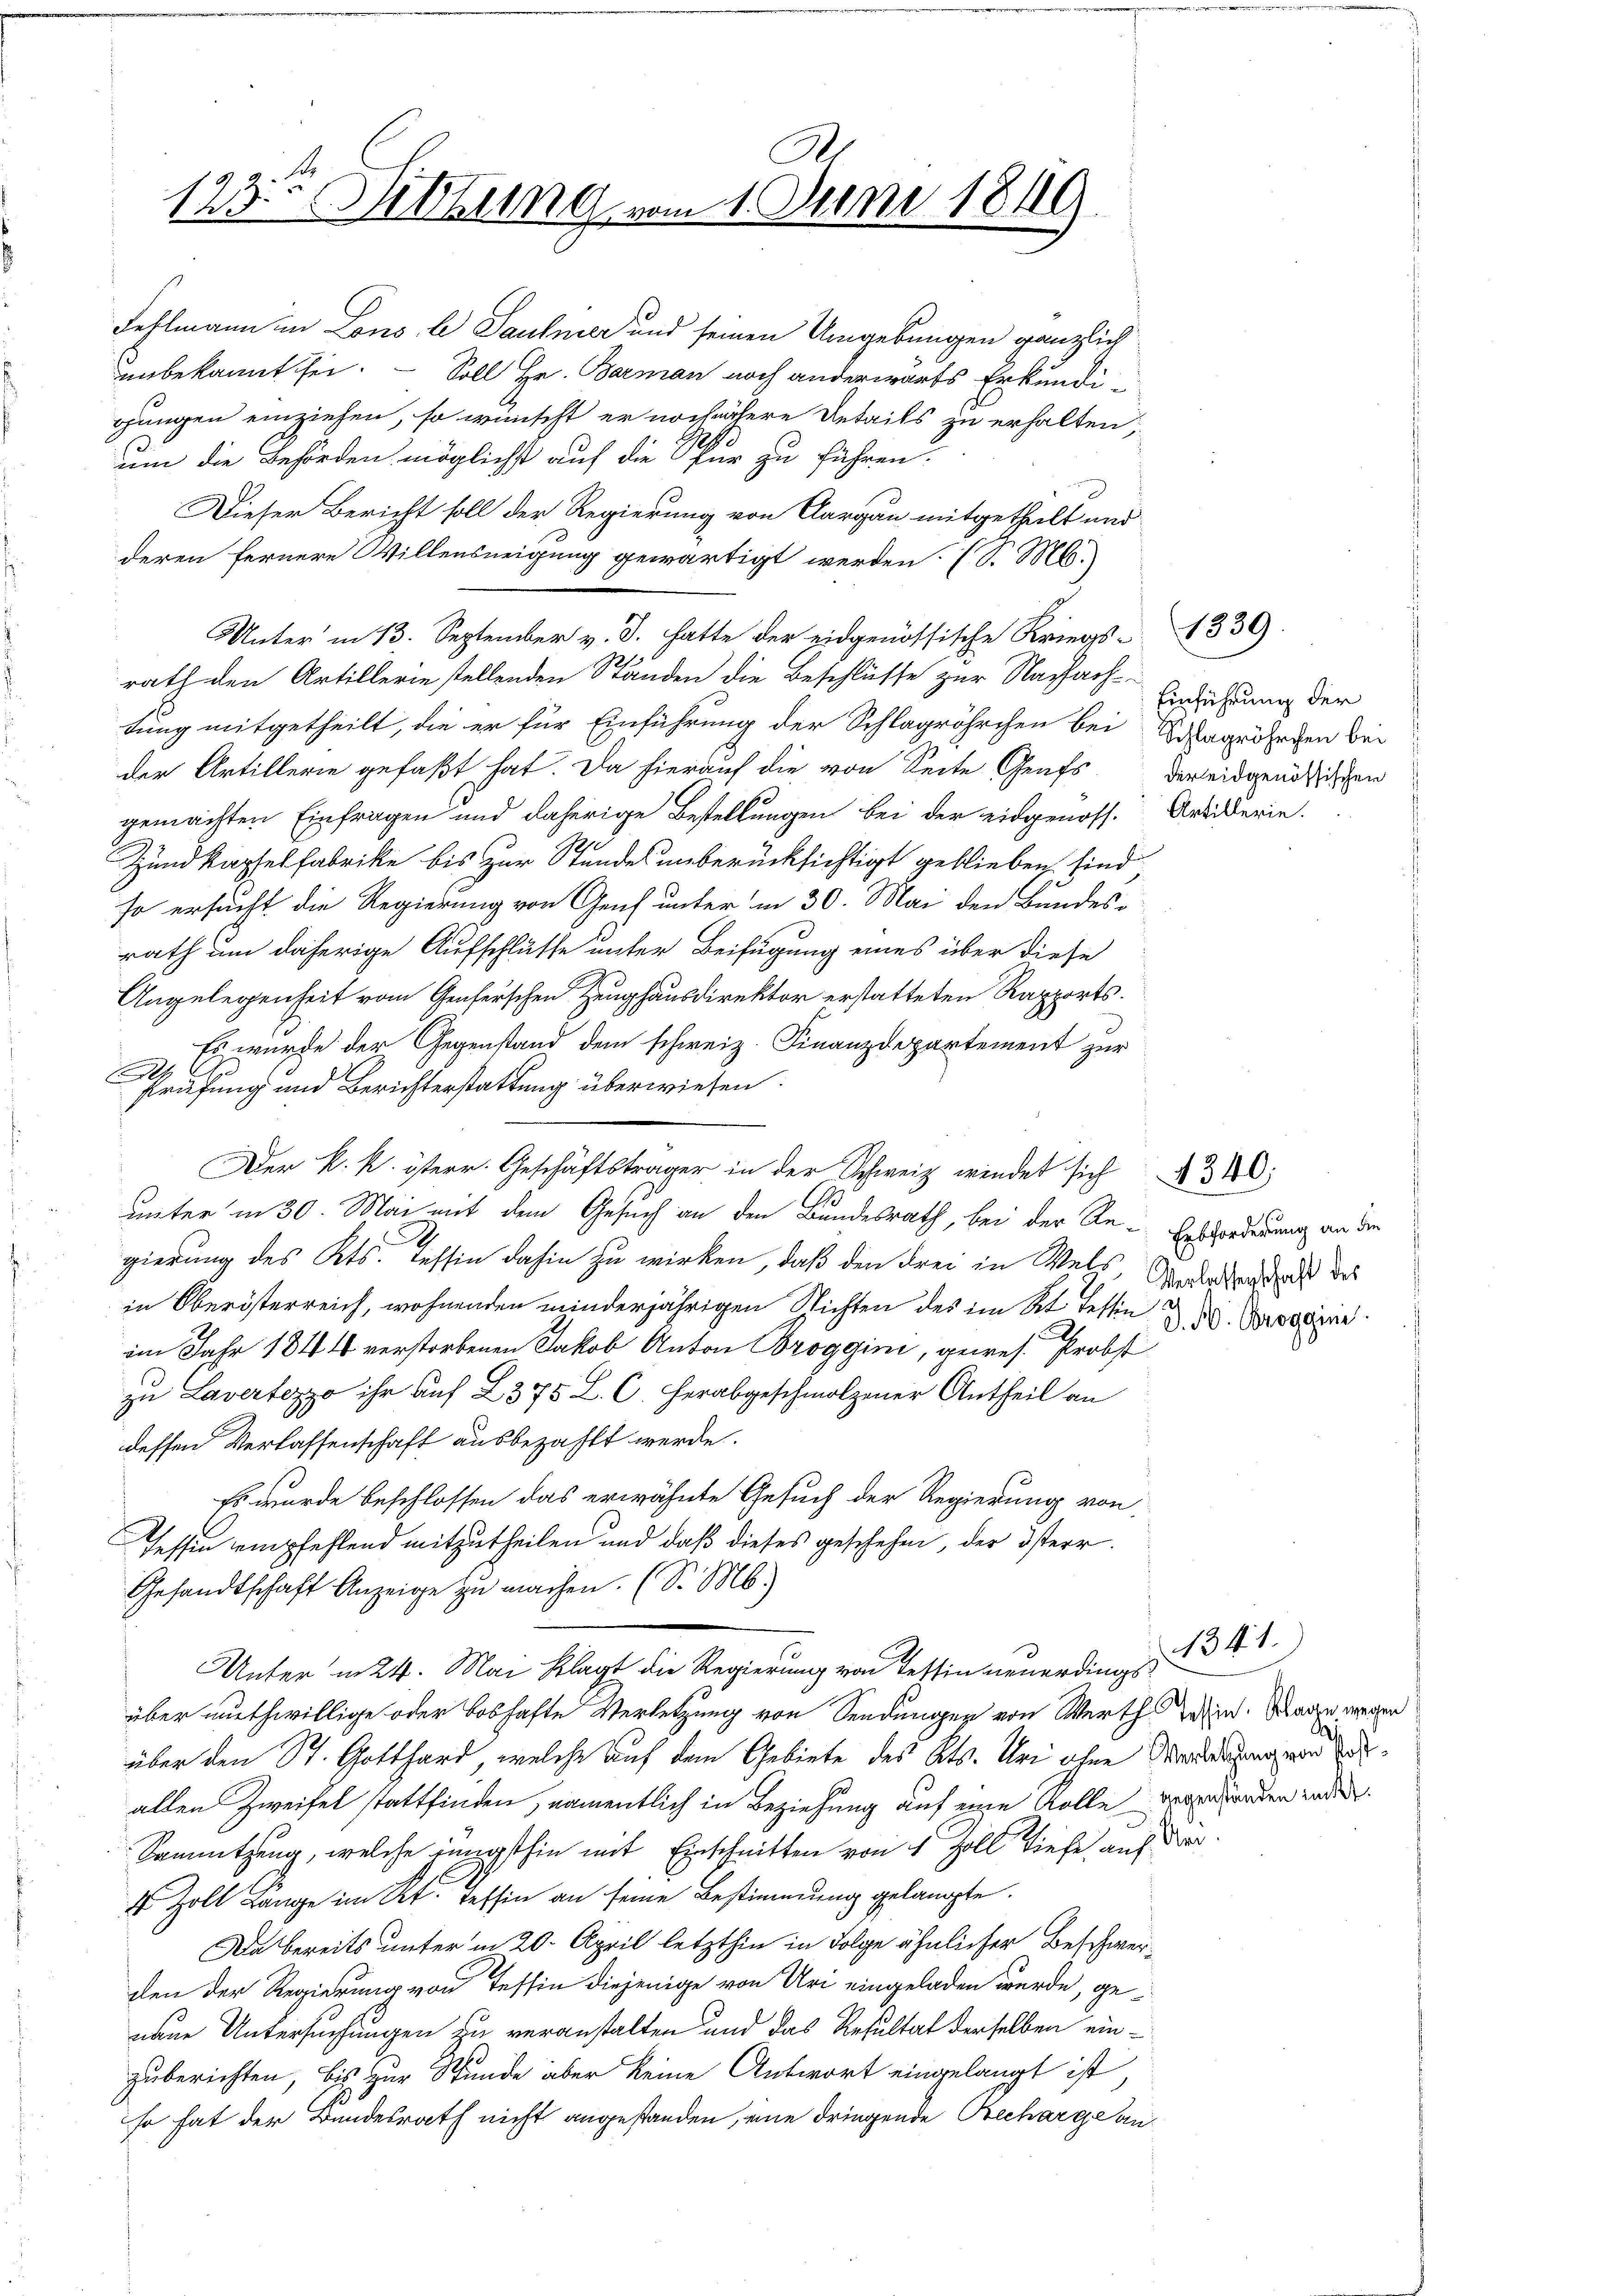
G
123. Sitzung vom 1. Juni 1819.

Fehlmann in Lous le Saulmer und seinen Umgebungen gänzlich
unbekannt sei. — Soll Hr. Barman noch anderwärts Erkundigungen einziehen, so wünscht er noch nähere Details zu erhalten
um die Behörden möglichst auf die Spur zu führen.
Dieser Bericht soll der Regierung von Aargau mitgetheilt und
deren fernere Willensneigung gewärtigt werden (S. M.
rath den Artillerie stellenden Ständen die Beschlüsse zur Nachach-
tung mitgetheilt, die er für Einführung der Schlagröhrchen bei Schlagrösten bei
der Artillerie gefaßt hat. Da hierauf die von Seite Grufs der eidgenößischen
gemachten Einfragen und daherige Bestellungen bei der eidgenoss. Artikerin.
Zundkapfelfabrike bis zur Stundes unberücksichtigt geblieben sind
so ersucht die Regierung von Gent unter in 30. Mai den Bundes-
rath um daherige Aufschlusse unter Beifügung eines über diese
Angelegenheit vom Genferschen Zeughausdirektor erstatteten Rapports.
Es wurde der Gegenstand dem schweiz. Finanzdepartement zur
h
Prüfung und Berichterstattung überwiesen.
unter in 30. Mai mit dem Gesuch an den Bundesrath, bei der Re-Erzforderung an den
gierung des Kts. Tessin dahin zu wirken, daß den drei in Wels, Madersend daß des
in Oberösterreich, wohnenden minderjährigen Nichten des im Kt. Tessin u. Brodein
im Jahr 1844 verstorbenen Jakob Anton Broggini, gewes. Probst
zu Lavertezzo ihr auf 2375 L. C. Herabgeschmolzener Antheil an
dessen Verlassenschaft ausbezahlt werde.
Es wurde beschlossen das erwähnte Gesuch der Regierung von
Tessin empfehlend mitzutheilen und daß dieses geschehen, der österr
Gesandtschaft Anzeige zu machen. (S. M.)
Unter in 24. Mai Klagt die Regierung von Tessin neuerdingsüber muthwillige oder boshafte Verletzung von Sendungen von Werth wein. Wage wegen
über den St. Gotthard, welche auf dem Gebiete des Kts. Uri ohne Modesstrag ward
allen Zweifel stattfinden, namentlich in Beziehung auf eine Rolle verehenden inder
Sannützung, welche jüngsthin mit Einschnitten von 4 Zoll Tiefe, auf der
4 Zoll Länge im Kt. Tessin an seine Bestimmung gelangte.
Da bereits unter in 20. April letzthin in Folge ähnlicher Beschwerden der Regierung von Tessin diejenige von Uri eingeladen wurde, genaue Untersuchungen zu veranstalten und das Resultat derselben einzuberichten, bis zur Stunde aber keine Antwort eingelangt ist,
so hat der Bundesrath nicht angestanden, eine dringende Brecharge an¬

Unter in 13. September v. J. hatte der eidgenössische Kriegs-1339

Der k. k. österr. Geschäftsträger in der Schweiz wendet sich 340:

Einführung der

1341)